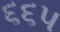
૬૬૫